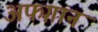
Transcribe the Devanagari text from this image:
अफग़ान